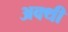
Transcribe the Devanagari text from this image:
अक्थी